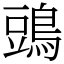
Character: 𪁞